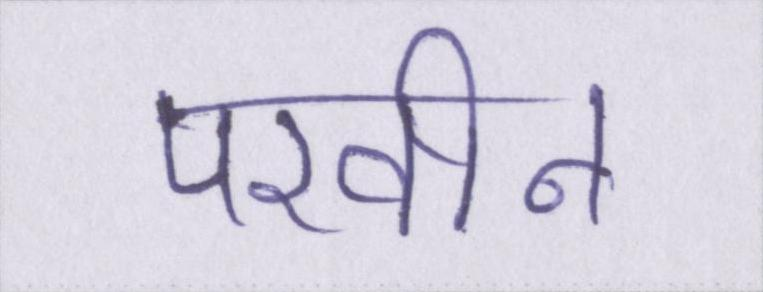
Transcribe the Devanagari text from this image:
परवीन